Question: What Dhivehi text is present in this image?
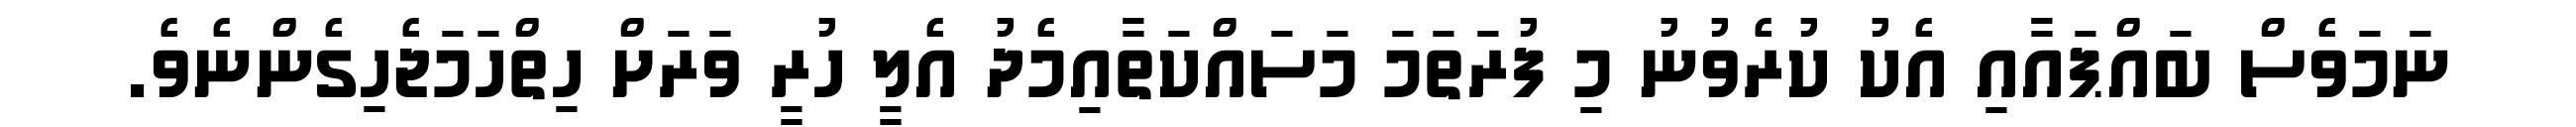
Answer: ނަމަވެސް ބައްޕައާއި އެކު ކުރެވުނު މި ފުރަތަމަ މަސައްކަތާއިމެދު އެލީ ހުރީ ވަރަށް ހިތްހަމަޖެހިގެންނެވެ.